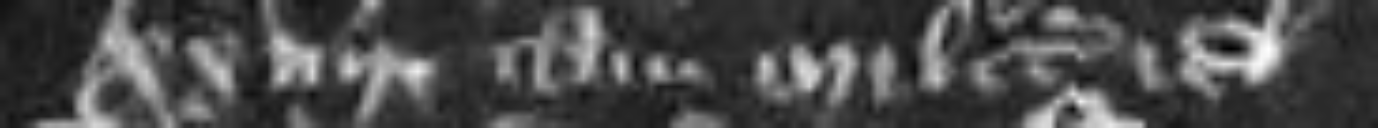
xxiiii tam milites etc